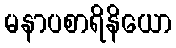
မနာပစာရိနိယော